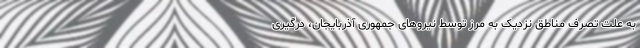
به علت تصرف مناطق نزدیک به مرز توسط نیروهای جمهوری آذربایجان، درگیری